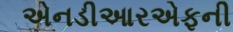
એનડીઆરએફની